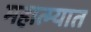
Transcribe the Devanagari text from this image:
महात्म्यात